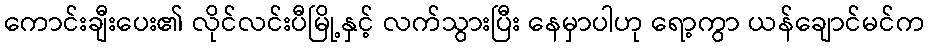
ကောင်းချီးပေး၏ လိုင်လင်းပီမြို့နှင့် လက်သွားပြီး နေမှာပါဟု ရော့ကွာ ယန်ချောင်မင်က